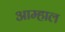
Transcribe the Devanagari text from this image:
आम्हाल